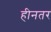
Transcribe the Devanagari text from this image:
हीनतर